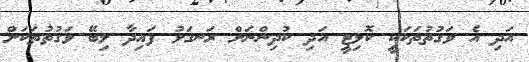
އަދި އެ ވަގުތުތަކަކީ ކޮލިޓީ އަދި ކުދިންނަށް ރަނގަޅު ފައިދާ ލިބޭ ވަގުތުތަކަށް